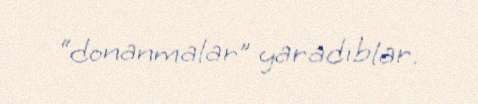
“donanmalar” yaradıblar.